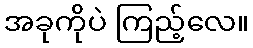
အခုကိုပဲ ကြည့်လေ။